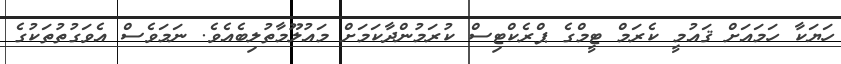
ހަޔަކާ ހަމައަށް ޤައުމީ ކެރަމް ޓީމްގެ ޕްރެކްޓިސް ކުރަމުންދާކަމަށް މައުލޫމާތުލިބެއެވެ. ނަމަވެސް އެވަގުތުތަކުގެ